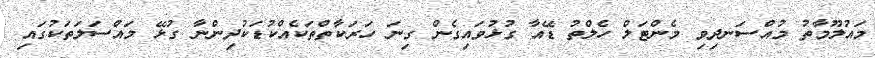
މައުލޫމާތު މުއްސަނދިވި މެންޓަލް ހެލްތު ޑޭއާ ގުޅުވައިގެން ގިނަ ހަރަކާތްތަކެއްކުޑަކުދިންނާ ގުޅޭ މައްސަލަތަކުގައި